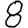
Digit: 8